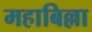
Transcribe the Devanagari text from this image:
महाबिल्ला